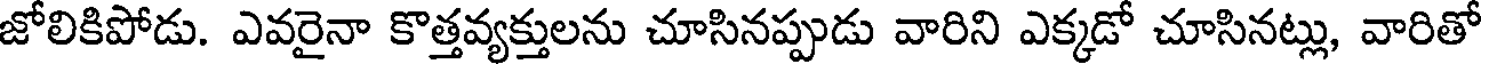
జోలికిపోడు. ఎవరైనా కొత్తవ్యక్తులను చూసినప్పుడు వారిని ఎక్కడో చూసినట్లు, వారితో